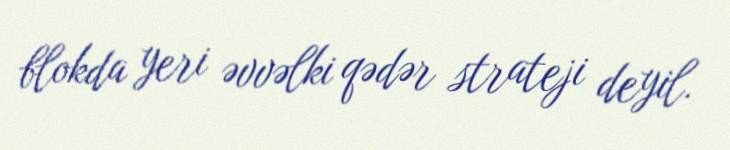
blokda yeri əvvəlki qədər strateji deyil.